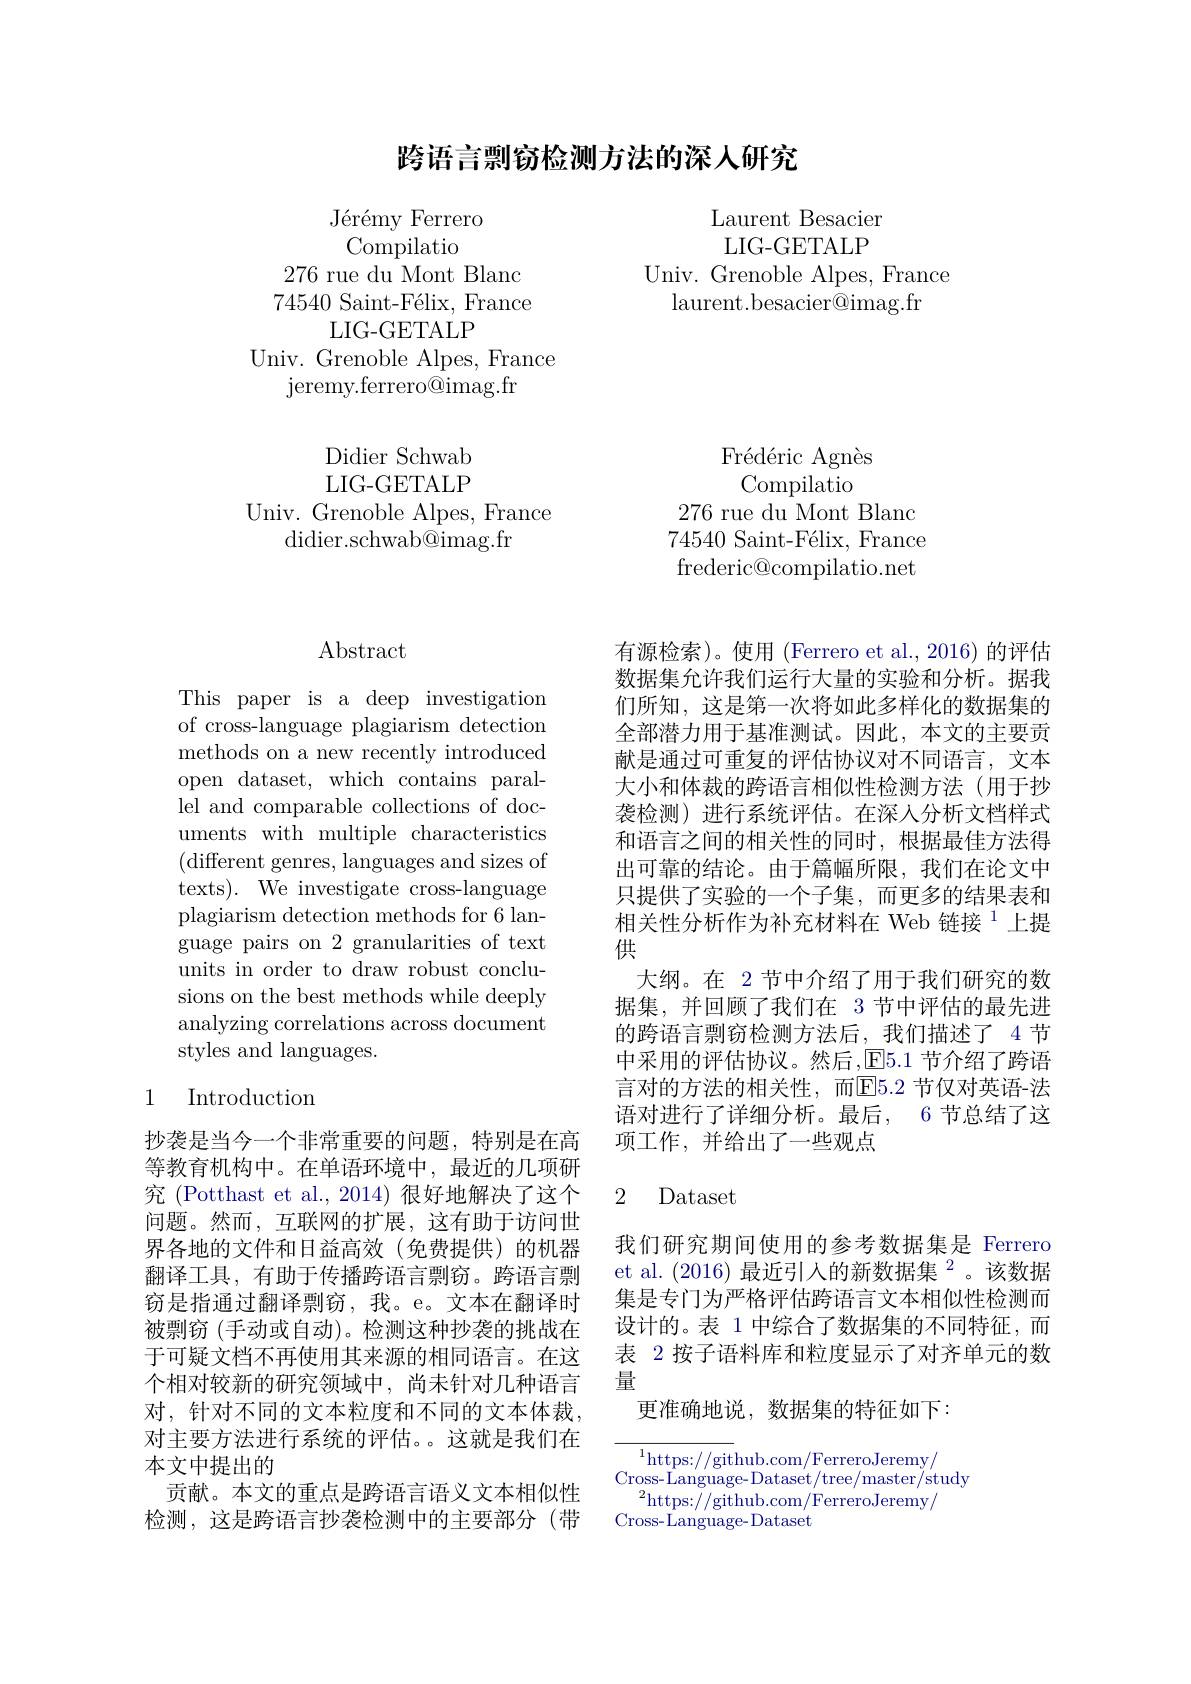
# 跨语言剽窃检测方法的深人研究

Laurent Besacier LIG- GETALP
Univ. Grenoble Alpes, France
laurent. besacier@ imag. fr

${\text{J\'{e}r\'{e}myFerrero}}$
Compilatio
276 rue du Mont Blanc 74540 Saint-Félix, France
LIG- GETALP
Univ. Grenoble Alpes, France
jeremy. ferrero@ imag. fr

Didier Schwab LIG- GETALP
Univ. Grenoble Alpes, France
${\mathrm{didier.schwab@imag.fr}}$

Fr$\' {e}$d$\' {e}$ricAgn$\` {e}$s Compilatio
276 rue du Mont Blanc 74540 Saint-Félix, France frederic@compilatio.net

## $\operatorname{Abstract}$

This paper is a deep investigation of cross-language plagiarism detection methods on a new recently introduced open dataset, which contains parallel and comparable collections of documents with multiple characteristics (different genres, languages and sizes of texts). We investigate cross-language plagiarism detection methods for 6 language pairs on 2 granularities of text units in order to draw robust conclusions on the best methods while deeply analyzing correlations across document styles and languages.

## 1 Introduction

抄袭是当今一个非常重要的问题，特别是在高等教育机构中。在单语环境中，最近的几项研究 (Potthast et al.,2014) 很好地解决了这个问题。然而，互联网的扩展，这有助于访问世界各地的文件和日益高效(免费提供)的机器翻译工具，有助于传播跨语言剽窃。跨语言剽窃是指通过翻译剽窃，我。e。文本在翻译时被剽窃 (手动或自动)。检测这种抄袭的挑战在于可疑文档不再使用其来源的相同语言。在这个相对较新的研究领域中，尚未针对几种语言对，针对不同的文本粒度和不同的文本体裁， 对主要方法进行系统的评估。。这就是我们在本文中提出的
贡献。本文的重点是跨语言语义文本相似性检测，这是跨语言抄袭检测中的主要部分(带

有源检索)。使用(Ferrero et al.,2016)的评估数据集允许我们运行大量的实验和分析。据我们所知，这是第一次将如此多样化的数据集的全部潜力用于基准测试。因此，本文的主要贡献是通过可重复的评估协议对不同语言，文本大小和体裁的跨语言相似性检测方法(用于抄袭检测)进行系统评估。在深人分析文档样式和语言之间的相关性的同时，根据最佳方法得出可靠的结论。由于篇幅所限，我们在论文中只提供了实验的一个子集，而更多的结果表和相关性分析作为补充材料在 Web 链接$^{1}$上提供
大纲。在 2 节中介绍了用于我们研究的数据集，并回顾了我们在 3 节中评估的最先进的跨语言剽窃检测方法后，我们描述了 4 节中采用的评估协议。然后$,\underline{\mathrm{E}}5.1$ 节介绍了跨语言对的方法的相关性，而$\overline{\mathrm{E}}5.2$ 节仅对英语-法语对进行了详细分析。最后，6节总结了这项工作，并给出了一些观点

### 2 Dataset

我们研究期间使用的参考数据集是 Ferrero et al.(2016) 最近引入的新数据集$^{2}$。该数据集是专门为严格评估跨语言文本相似性检测而设计的。表 1 中综合了数据集的不同特征，而表 2 按子语料库和粒度显示了对齐单元的数量
更准确地说，数据集的特征如下：
$$\overline{{^1\mathrm{https://git}\mathrm{hub.com/FerreroJeremy/}}}\\\text{Cross-Language-Dataset/tree/master/study}\\^2\mathrm{https://github.com/FerreroJeremy/}\\\text{Cross-Language-Dataset}$$